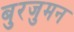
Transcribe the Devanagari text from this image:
बुरजुमन